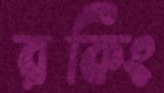
রকিং